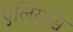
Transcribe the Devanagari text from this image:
एलियांस